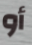
أو